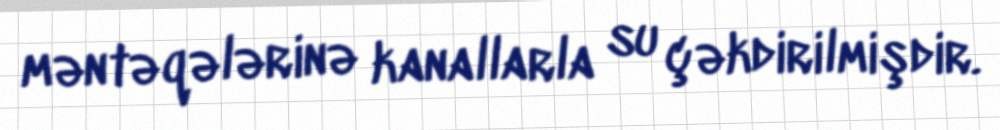
məntəqələrinə kanallarla su çəkdirilmişdir.